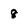
Character: 8